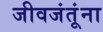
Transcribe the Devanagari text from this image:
जीवजंतूंना